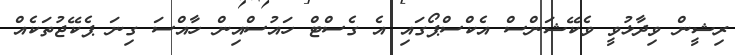
ރިޝީން ވިދާޅުވީ ވެކޭޝަންސް އެކްސްޕޯގައި އެ ގެސްޓް ހައުސްއިން ހާއްސަ ގިނަ ޕެކޭޖުތަކެއް